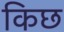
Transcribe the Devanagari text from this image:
किछ